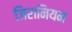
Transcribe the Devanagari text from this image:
जिरानियम